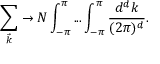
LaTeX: \sum _ { \vec { k } } \rightarrow N \int _ { - \pi } ^ { \pi } . . . \int _ { - \pi } ^ { \pi } \frac { d ^ { d } k } { ( 2 \pi ) ^ { d } } .